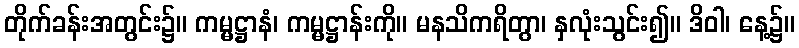
တိုက်ခန်းအတွင်း၌။ ကမ္မဋ္ဌာနံ၊ ကမ္မဋ္ဌာန်းကို။ မနသိကရိတွာ၊ နှလုံးသွင်း၍။ ဒိဝါ၊ နေ့၌။